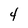
Character: 4